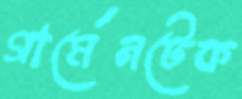
গার্মেনটেক